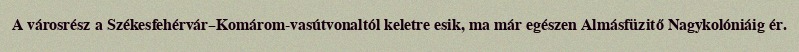
A városrész a Székesfehérvár–Komárom-vasútvonaltól keletre esik, ma már egészen Almásfüzitő Nagykolóniáig ér.